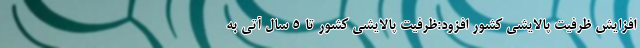
افزایش ظرفیت پالایشی کشور افزود:ظرفیت پالایشی کشور تا 5 سال آتی به